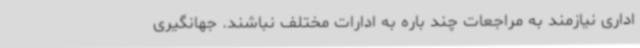
اداری نیازمند به مراجعات چند باره به ادارات مختلف نباشند. جهانگیری